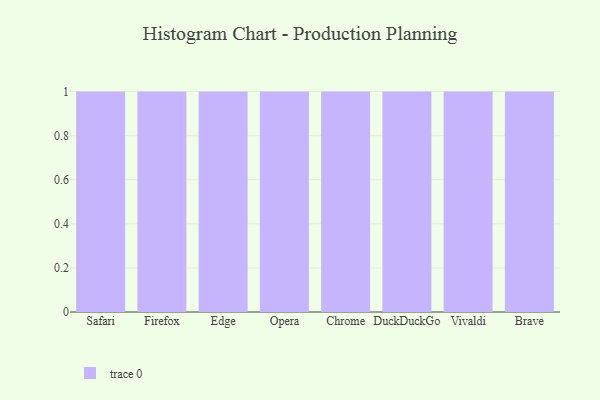
{"axis": {"x": "Browser", "y": "Tickets Resolved"}, "legend": [""], "data": [{"x": "Safari", "y": 50, "type": ""}, {"x": "Firefox", "y": 38, "type": ""}, {"x": "Edge", "y": 36, "type": ""}, {"x": "Opera", "y": 57, "type": ""}, {"x": "Chrome", "y": 77, "type": ""}, {"x": "DuckDuckGo", "y": 28, "type": ""}, {"x": "Vivaldi", "y": 36, "type": ""}, {"x": "Brave", "y": 89, "type": ""}]}